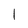
Character: 1